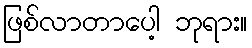
ဖြစ်လာတာပေါ့ ဘုရား။